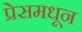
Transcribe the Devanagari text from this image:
प्रेसमधून